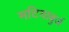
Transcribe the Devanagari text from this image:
मटियाबुर्ज